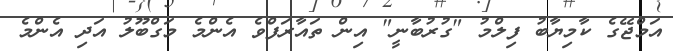
އަމްޖޭގެ ކާމިޔާބު ފިލްމު "ގުރުބާނީ" އިން ތައާރަފްވެ އެންމެ މަގްބޫލު އަދި އެންމެ